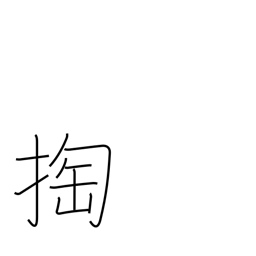
Meaning: pickpocket